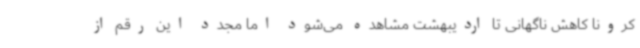
کرونا کاهش ناگهانی تا اردیبهشت مشاهده می‌شود اما مجدد این رقم از